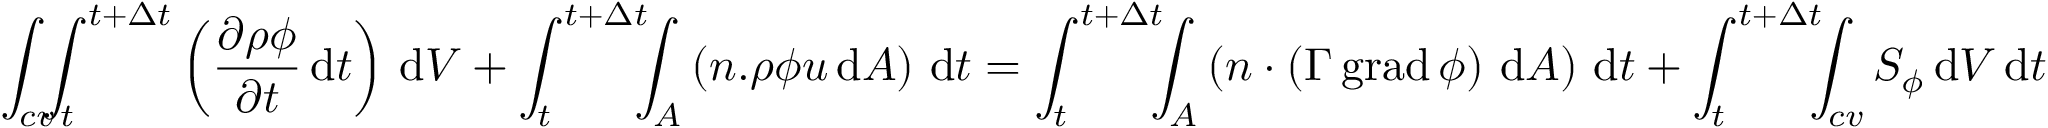
\int _ { c v } \! \! \! \int _ { t } ^ { t + \Delta t } \left( { \frac { \partial \rho \phi } { \partial t } } \, \mathrm { d } t \right) \, \mathrm { d } V + \int _ { t } ^ { t + \Delta t } \! \! \! \int _ { A } \left( n . { \rho \phi u } \, \mathrm { d } A \right) \, \mathrm { d } t = \int _ { t } ^ { t + \Delta t } \! \! \! \int _ { A } \left( n \cdot \left( \Gamma \operatorname { g r a d } \phi \right) \, \mathrm { d } A \right) \, \mathrm { d } t + \int _ { t } ^ { t + \Delta t } \! \! \! \int _ { c v } S _ { \phi } \, \mathrm { d } V \, \mathrm { d } t